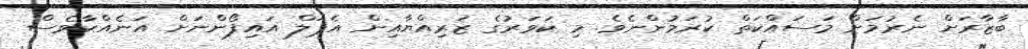
ބާޒާރަށް ނެރުމަށް މަސައްކަތް ކުރަމުންނެވެ. މި ކަވަރުގެ ޒަރިއްޔާއިން އެޕަލް އައިފޯންނަށް އަނެއްކާވެސް